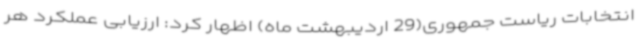
انتخابات ریاست جمهوری(29 اردیبهشت ماه) اظهار کرد: ارزیابی عملکرد هر